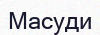
Масуди